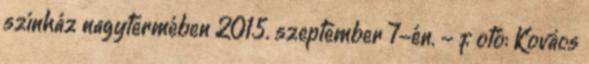
színház nagytermében 2015. szeptember 7-én. - f otó: Kovács